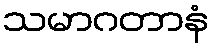
သမာဂတာနံ